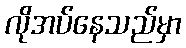
လိုအပ်နေသည်မှာ